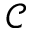
\mathcal { C }